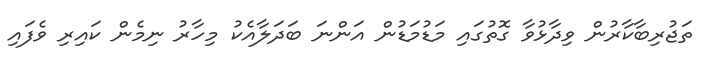
ތަޖުރިބާކާރުން ވިދާޅުވާ ގޮތުގައި މަޑުމަޑުން އަންނަ ބަދަލާއެކު މިހާރު ނިމެން ކައިރި ވެފައި